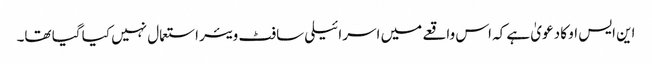
این ایس او کا دعویٰ ہے کہ اس واقعے میں اسرائیلی سافٹ ویئر استعمال نہیں کیا گیا تھا۔